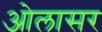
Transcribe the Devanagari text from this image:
ओलासर